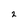
Character: 2